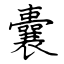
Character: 囊